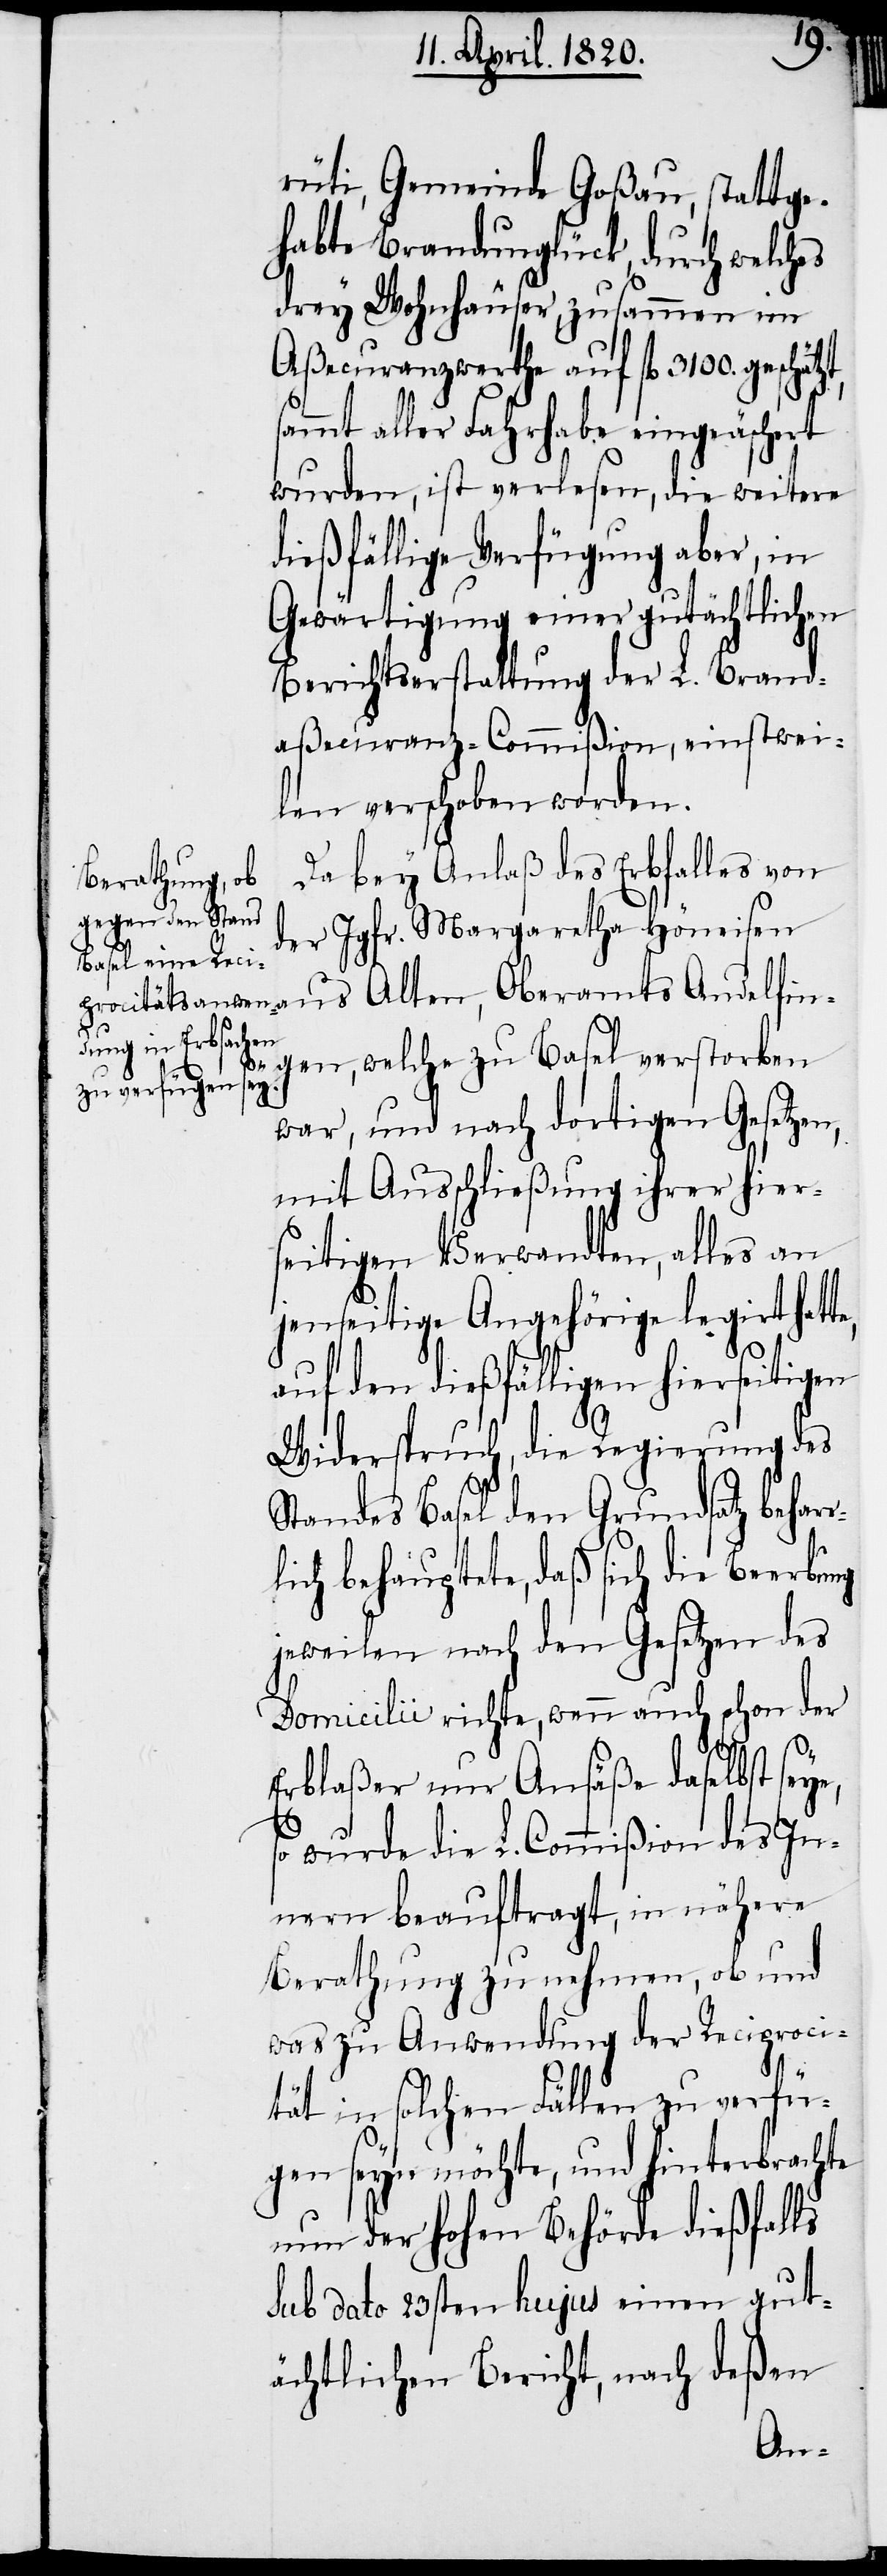
rüti, Gemeinde Goßau, stattge¬
habte Brandunglück, durch welches
drey Wohnhäuser, zusammen im
Aßecuranzwerthe auf fl. 3100. geschät¬
sammt aller Fahrhabe eingeäschert
wurden, ist verlesen, die weitere
dießfällige Verfügung aber, in
Gewärtigung einer gutächtlichen
Berichtserstattung der L. Brand¬
aßecuranz-Commißion, einstwei¬
len verschoben worden.
Da bey Anlaß des Erbfalles von
der Jgfr. Margaretha Höneisen
gen, welche zu Basel verstorben
ye,
war, und nach dortigen Gesetzen,
mit Ausschließung ihrer hier¬
seitigen Verwandte, alles an
jenseitige Angehörige legiert hat¬
auf den dießfälligen hierseitigen
Widerspruch, die Regierung des
Standes Basel den Grundsatz beharr¬
lich behauptete, daß sich die Beerbung
jeweilen nach den Gesetzen des
Domicilii richte, wenn auch schon der
Erblaßer nur Ansäße daselbst se¬
so wurde die L. Commißion des In¬
nern beauftragt, in nähere
Berathung zu nehmen, ob und
was zu Anwendung der Reciproci¬
tät in solchen Fällen zu verfü¬
gen seyn möchte, und hinterbrachte
nun der Hohen Behörde dießfalls
Sub dato 23sten hujus einen gut¬
ächtlichen Bericht, nach deßen
An¬